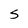
Character: S